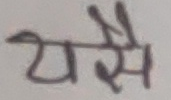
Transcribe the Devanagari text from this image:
यसै